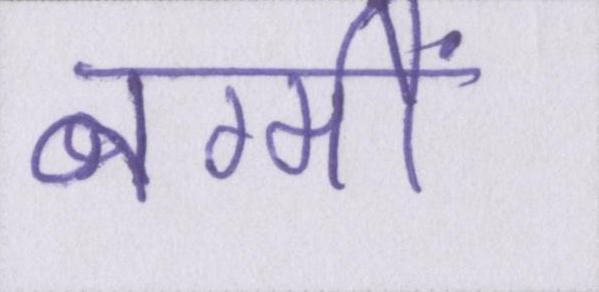
नग्मों